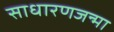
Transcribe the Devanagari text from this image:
साधारणजन्मा